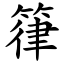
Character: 箻